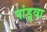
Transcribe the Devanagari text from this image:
पांडुवा